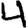
Digit: 4